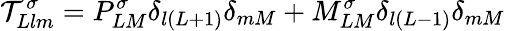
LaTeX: {\cal T}_{Llm}^{\sigma}=P_{LM}^{\sigma}\delta_{l(L+1)}\delta_{mM}+M_{LM}^{\sigma}\delta_{l(L-1)}\delta_{mM}